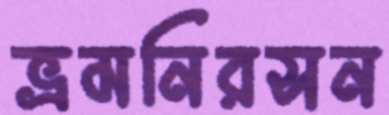
ভ্রমনিরসন